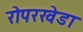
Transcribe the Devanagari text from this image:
रोपरखेडा